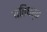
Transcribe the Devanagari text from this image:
यतिधर्त